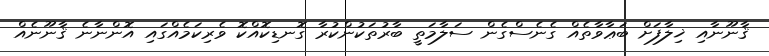
ޤާނޫނާއި ޚިލާފަށް ބަޢާވާތެއް ގެނެސްގެން ސަލާމަތީ ބާރުތަކުންކުރާ ގޮނޑިކޮއްކޮ ވެރިކަމެއްގައި އޮންނާނެ ޤާނޫނެއް